Annual administration report of the Civil Veterinary Department of India - 1898-1899
Year: 1898
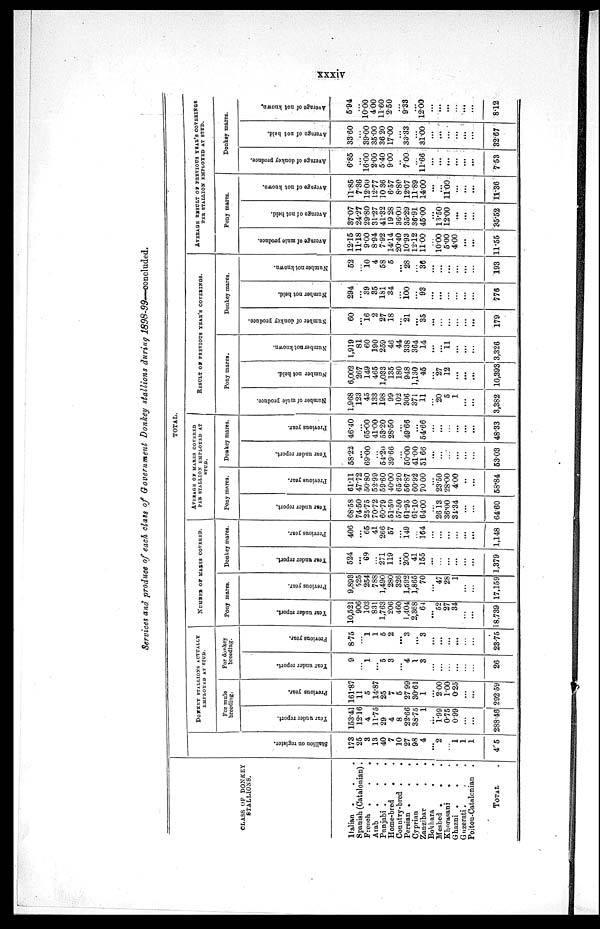
xxxiv
Services and produce of each class of Government Donkey stallions during
1898-99-concluded.
CLASS OF DONKEY
STALLIONS.
Italian . . .
Spanish (Catalonian).
French .
.
.
Arab
. . .
Punjabi .
.
.
Home-bred
. .
Country-bred . .
Persian .
.
.
Cyprian . .
Zanzibar . .
Bokhara . .
Meshed . . .
Khorasani
. .
Ghazni . . .
Guzerati.
Poitou-Catalonian .
TOTAL .
TOTAL.
Stallion on register.
173
25
3
13
40
7
10
27
98
4
...
2
...
1
1
1
405
DONKEY STALLIONS ACTUALLY
EMPLOYED AT STUD.
For mule
breeding.
Year under report.
153.41
12.16
4
11.75
29
4
8
22.66
38.75
1
...
1.99
0.75
0.99
...
...
288.46
Pr evi ous year .
161.87
11
5
14.87
25
7
5
27.99
30.61
1
...
2.00
1.00
0.25
...
...
292.59
For donkey
breeding.
Year under report.
9
...
1
...
5
3
...
4
1
3
...
...
...
...
...
...
26
Pr evi ous year.
8.75
...
1
1
5
2
...
3
...
3
...
...
...
...
...
...
23.75
NUMBER OF MARES COVERED.
Pony mares.
Year under report.
10,521
906
103
831
1,763
206
460
1,404
2,368
64
...
52
27
34
...
...
18,739
Pr e vi ous year.
9,893
525
254
788
1,490
280
326
1,592
1,865
70
...
47
28
1
...
...
17,159
Donkey mares.
Year under report.
524
...
69
...
271
119
...
200
41
155
...
...
...
...
...
...
1,379
Pr evi ous year.
406
...
65
41
266
57
...
149
...
164
...
...
...
...
...
...
1,148
AVERAGE OF MARES COVERED
PER STALLION EMPLOYED AT
STUD.
Pony mares.
Year under report.
68.58
74.50
25.75
70.72
60.79
51.50
57.50
61.95
61.10
64.00
...
26.13
36.00
31.34
...
...
64.60
Pr e vi ous year.
61.11
47.72
50.80
52.99
59.60
40.00
65.20
56.87
60.92
70.00
...
23.50
28.00
4.00
..
...
58.84
Donkey mares.
Year under report.
58.22
...
69.00
...
54.20
39.66
...
50.00
41.00
51.66
...
...
...
...
...
...
53.03
Previeus year.
46.40
...
65.00
41.00
53.20
28.50
...
49.66
...
54.66
...
...
...
...
...
...
48.33
RESULT OF PREVIOUS YEAR'S COVERINGS.
Pony mares.
Nu mb e r of mule produce.
1,968
123
45
133
198
99
102
306
371
11
...
20
5
1
...
...
3,382
Number not hel d.
6,002
267
149
465
1,033
135
180
948
1,130
45
...
27
12
...
...
...
10,393
Nu mb e r not known.
1,919
81
60
190
259
46
44
338
364
14
...
...
11
...
...
...
3,326
Donkey mares.
Number of donkey produce.
60
...
16
2
27
18
...
21
...
35
...
...
...
...
...
...
179
Nu mb e r not hel d.
294
...
39
35
181
34
...
100
...
93
...
...
...
...
...
...
776
Nu mb e r not known.
52
...
10
4
58
5
...
28
...
36
...
...
...
...
...
...
193
AVERAGE RESULT OF PREVIOUS YEAR'S COVERINGS
PER STALLION EMPLOYED AT STUD.
Pony marcs.
Ave r
a ge of mule produce.
12.15
11.18
9.00
8.94
7.92
14.14
20.40
10.93
12.12
11.00
...
10.00
5.00
4.00
...
...
11.55
Ave r
a ge of not held.
37.07
24.27
29.80
31.27
41.32
19.28
36.00
35.29
36.91
45.00
...
13.50
12.00
...
...
...
35.52
Ave r
a ge of not known.
11.85
7.36
12.00
12.77
10.36
6.57
8.80
12.07
11.89
14.00
...
...
11.00
...
...
...
11.36
Donkey mares.
Aver age of donkey produce.
6.85
...
16.00
2.00
5.40
9.00
...
7.00
...
11.66
...
...
...
...
...
...
7.53
Ave r
a ge of not hel d.
33.60
...
39.00
35.00
36.20
17.00
...
33.33
...
31.00
...
...
...
...
...
...
32.67
Ave r
a ge of not known.
5.94
...
10.00
4.00
11.60
2.50
...
9.33
...
12.00
...
...
...
...
...
...
8.12